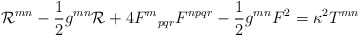
\begin{align*}{\cal{R}}^{mn} - \frac{1}{2}g^{mn}{\cal{R}} + 4{F^m}_{pqr}F^{npqr} - \frac{1}{2}g^{mn}F^2 = \kappa^{2}T^{mn}\end{align*}